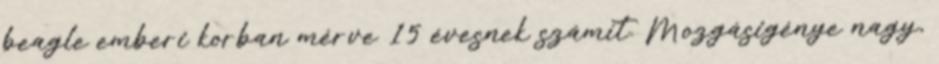
beagle emberi korban mérve 15 évesnek számít. Mozgásigénye nagy,